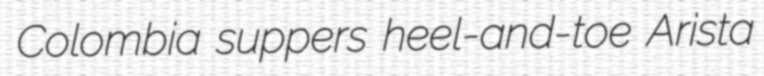
Colombia suppers heel-and-toe Arista